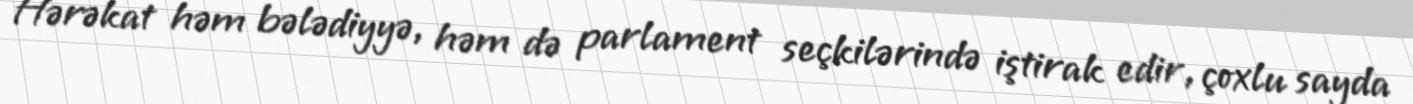
Hərəkat həm bələdiyyə, həm də parlament seçkilərində iştirak edir, çoxlu sayda